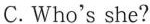
C. Who's she?